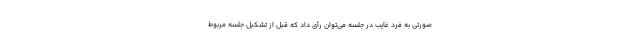
صورتی به فرد غایب در جلسه می‌توان رأی داد که قبل از تشکیل جلسه مربوط